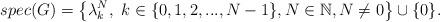
LaTeX: \begin{align*}spec(G)=\left\{\lambda^N_k,\ k\in\{0,1,2,...,N-1\}, N\in\mathbb{N}, N\ne0 \right\}\cup\{0\}.\end{align*}